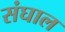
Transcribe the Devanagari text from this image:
संघाल